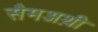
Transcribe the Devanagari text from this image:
सैमअथ़ी